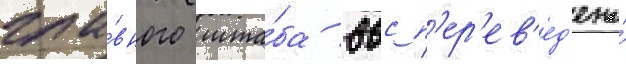
гла́вного шта́ба ввс п'ер'ев'ед'ена́